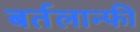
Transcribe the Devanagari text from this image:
बर्तलान्फी